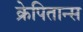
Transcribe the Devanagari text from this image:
क्रेपितान्स